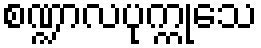
စဏ္ဍာလပုက္ကုသေ